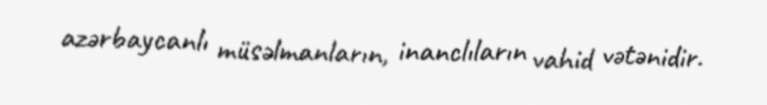
azərbaycanlı müsəlmanların, inanclıların vahid vətənidir.